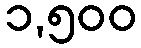
၁,၅၀၀